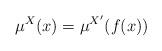
LaTeX: \begin{align*}\mu^X(x)=\mu^{X'}(f(x)) \end{align*}